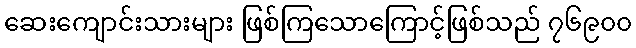
ဆေးကျောင်းသားများ ဖြစ်ကြသောကြောင့်ဖြစ်သည် ၇၆၉၀၀